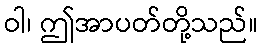
ဝါ၊ ဤအာပတ်တို့သည်။